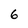
Character: 6